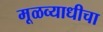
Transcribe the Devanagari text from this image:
मूळव्याधीचा